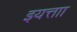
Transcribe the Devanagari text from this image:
इयत्ताा